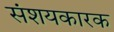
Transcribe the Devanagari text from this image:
संशयकारक